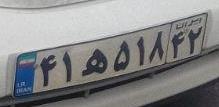
۴۱ه۵۱۸۴۲